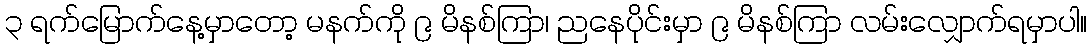
၃ ရက်မြောက်နေ့မှာတော့ မနက်ကို ၉ မိနစ်ကြာ၊ ညနေပိုင်းမှာ ၉ မိနစ်ကြာ လမ်းလျှောက်ရမှာပါ။